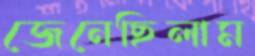
জেনেছিলাম